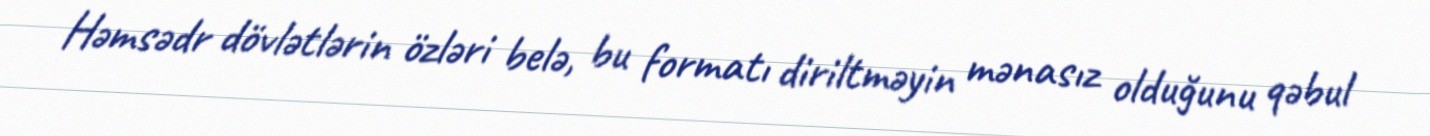
Həmsədr dövlətlərin özləri belə, bu formatı diriltməyin mənasız olduğunu qəbul